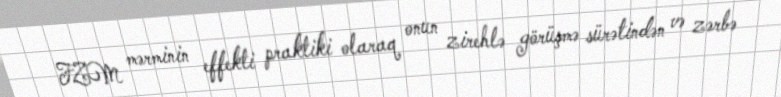
FZM mərminin effekti praktiki olaraq onun zirehlə görüşmə sürətindən və zərbə